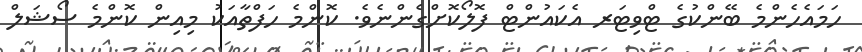
ހަމައެހެންމެ ބޭންކުގެ ޓްވިޓަރ އެކައުންޓް ފޮލޯކޮށްގެންނެވެ. ކޮންމެ ހަފްތާއަކު މިއިން ކޮންމެ ސޯޝަލް